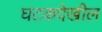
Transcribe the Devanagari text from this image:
घटकदेखील